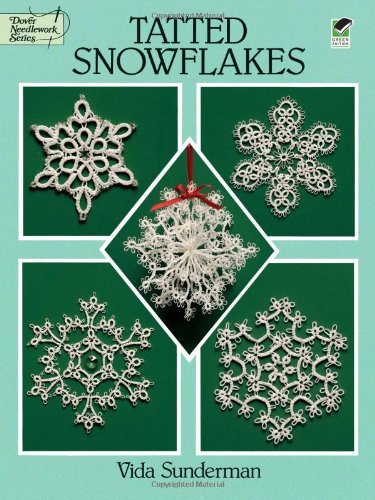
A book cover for Tatted Snowflakes; Vida Sunderman; Crafts, Hobbies & Home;